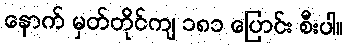
နောက် မှတ်တိုင်ကျ ၁၈၁ ပြောင်း စီးပါ။